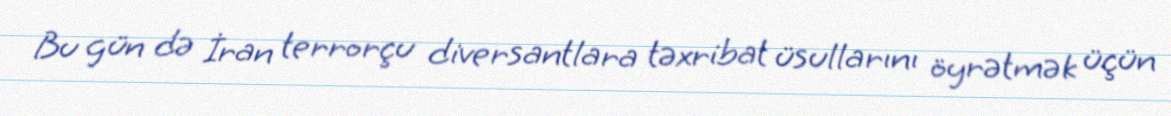
Bu gün də İran terrorçu diversantlara təxribat üsullarını öyrətmək üçün